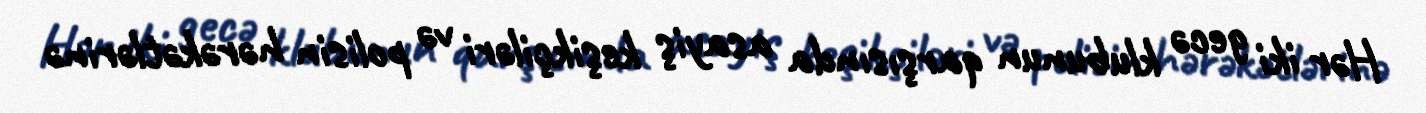
Hər iki gecə klubunun qarşısında asayiş keşikçiləri və polisin hərəkətlərinə